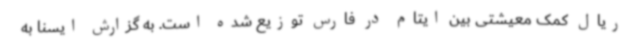
ریال کمک معیشتی بین ایتام در فارس توزیع شده است. به گزارش ایسنا به